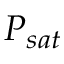
P _ { s a t }